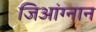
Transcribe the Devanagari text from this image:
जिआंग्नान